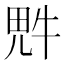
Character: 𪽑